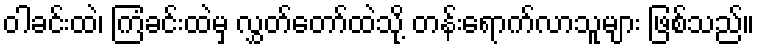
ဝါခင်းထဲ၊ ကြံခင်းထဲမှ လွှတ်တော်ထဲသို့ တန်းရောက်လာသူများ ဖြစ်သည်။